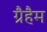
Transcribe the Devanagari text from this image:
ग्रैहैम